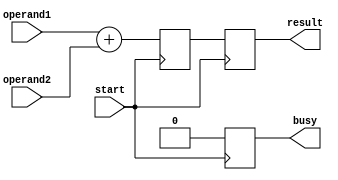
module FloatingPointUnit (
    input wire [31:0] operand1,
    input wire [31:0] operand2,
    input wire start,
    output reg [31:0] result,
    output reg busy
);

reg [31:0] sum;

always @ (posedge start) begin
    sum <= operand1 + operand2;
    result <= sum;
    busy <= 1'b0;
end

endmodule